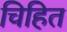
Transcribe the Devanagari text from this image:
चिहित